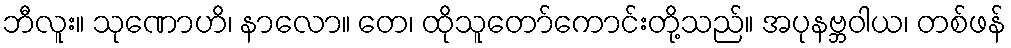
ဘီလူး။ သုဏောဟိ၊ နာလော။ တေ၊ ထိုသူတော်ကောင်းတို့သည်။ အပုနဗ္ဘဝါယ၊ တစ်ဖန်